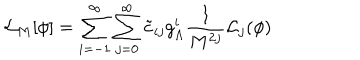
{ \cal L } _ { M } [ \phi ] = \sum _ { i = - 1 } ^ { \infty } \sum _ { j = 0 } ^ { \infty } \tilde { c } _ { i j } g _ { \Lambda } ^ { i } \frac { 1 } { M ^ { 2 j } } { \cal L } _ { j } ( \phi )